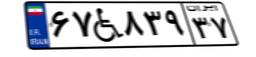
۶۷W۸۳۹۳۷